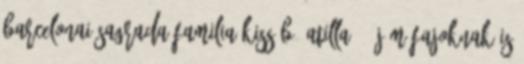
barcelonai Sagrada Familia Kiss B. Atilla: „Új műfajoknak is